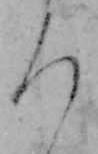
ろ